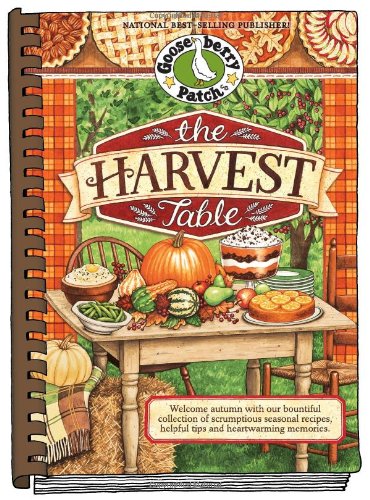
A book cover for The Harvest Table: Welcome Autumn with Our Bountiful Collection of Scrumptious Seasonal Recipes, Helpful Tips and Heartwarming Memories (Seasonal Cookbook Collection); Gooseberry Patch; Cookbooks, Food & Wine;